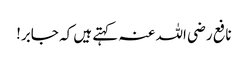
نافع رضی اللہ عنہ کہتے ہیں کہ جابر!